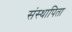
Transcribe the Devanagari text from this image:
संस्थापिता